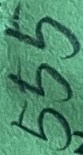
Text: 555